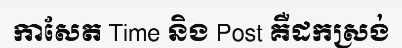
កាសែត Time និង Post គឺដកស្រង់